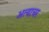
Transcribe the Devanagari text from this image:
अत्याचर